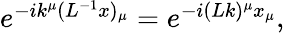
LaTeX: \begin{array}{r}{e^{-ik^{\mu}(L^{-1}x)_{\mu}}=e^{-i(Lk)^{\mu}x_{\mu}},}\end{array}